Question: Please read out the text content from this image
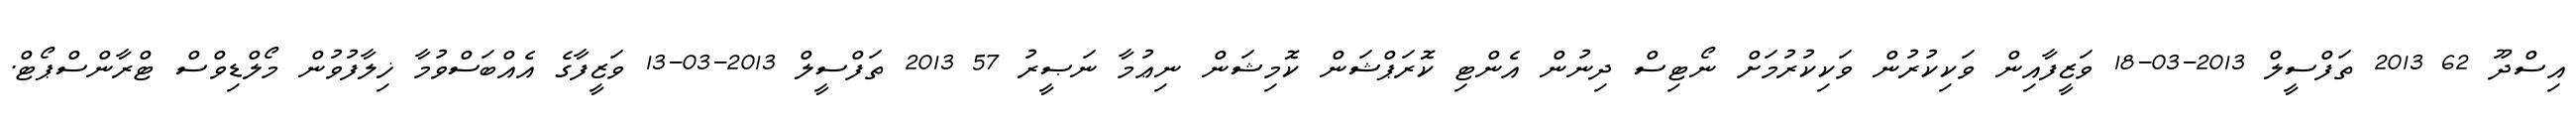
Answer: އިސްދޫ 62 2013 ތަފްސީލް 2013-03-18 ވަޒީފާއިން ވަކިކުރުން ވަކިކުރުމަށް ނޯޓިސް ދިނުން އެންޓި ކޮރަޕްޝަން ކޮމިޝަން ނިޢުމާ ނަޞީރު 57 2013 ތަފްސީލް 2013-03-13 ވަޒީފާގެ އެއްބަސްވުމާ ޚިލާފުވުން މޯލްޑިވްސް ޓްރާންސްޕޯޓް.